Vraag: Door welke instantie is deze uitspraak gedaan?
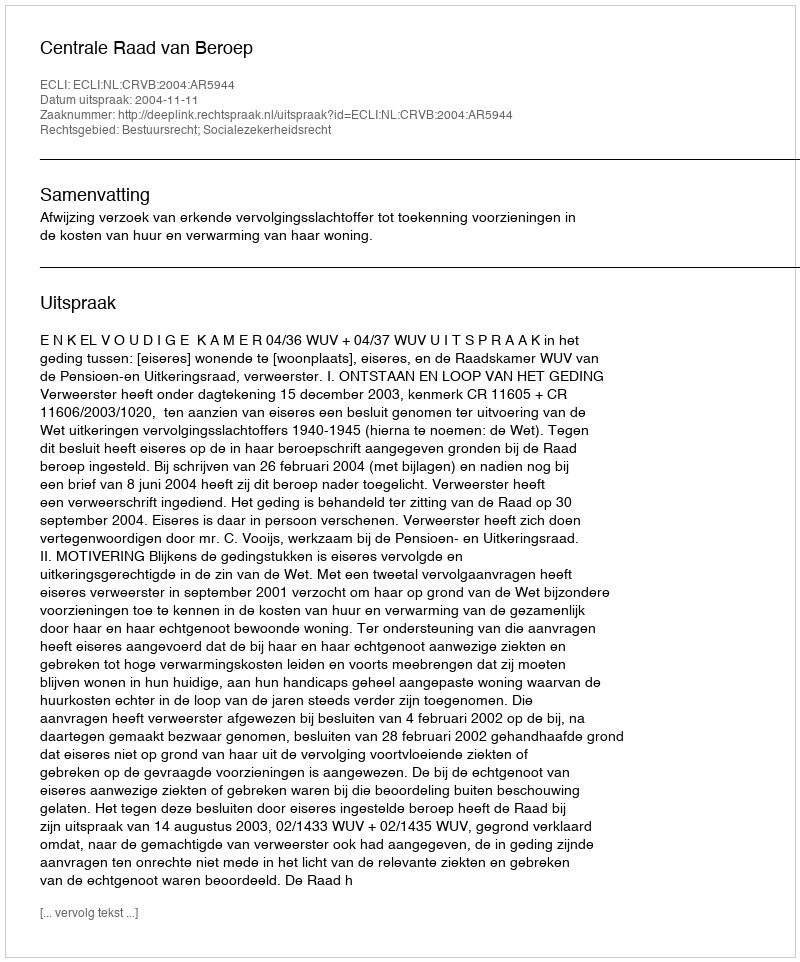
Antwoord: Centrale Raad van Beroep